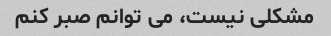
مشکلی نیست، می توانم صبر کنم